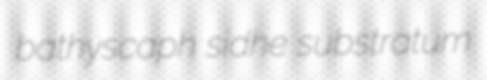
bathyscaph sidhe substratum